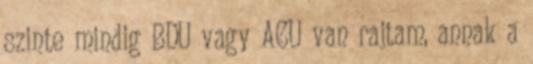
szinte mindig BDU vagy ACU van rajtam, annak a